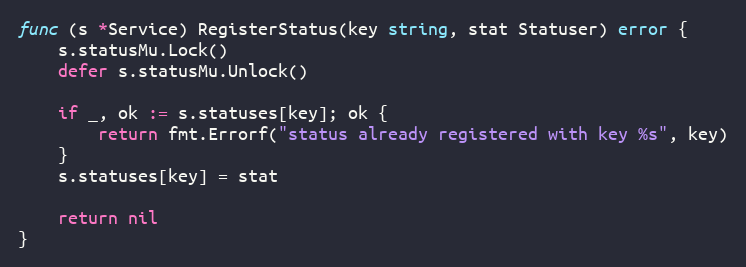
Language: Go
func (s *Service) RegisterStatus(key string, stat Statuser) error {
	s.statusMu.Lock()
	defer s.statusMu.Unlock()

	if _, ok := s.statuses[key]; ok {
		return fmt.Errorf("status already registered with key %s", key)
	}
	s.statuses[key] = stat

	return nil
}